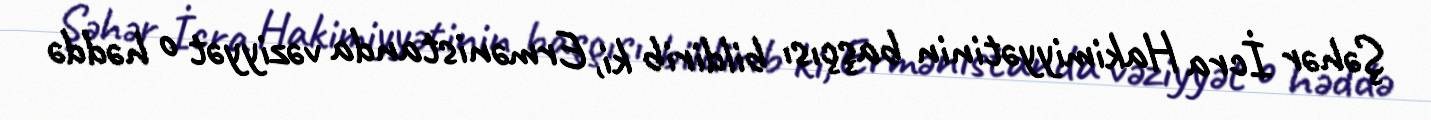
Şəhər İcra Hakimiyyətinin başçısı bildirib ki, Ermənistanda vəziyyət o həddə